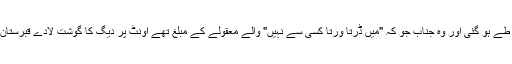
بہرحال شرط طے ہو گئی اور وہ جناب جو کہ "میں ڈرتا ورتا کسی سے نہیں" والے معقولے کے مبلغ تھے اونٹ پر دیگ کا گوشت لادے قبرستان کو چل پڑے۔